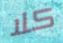
كلا